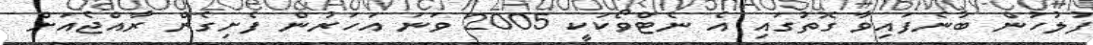
ފުލުހުން ބުނެފައިވާ ގޮތުގައި އެ ނެޓްވޯކަކީ 2005 ވަނަ އަހަރުން ފެށިގެން ރާއްޖެއަށް